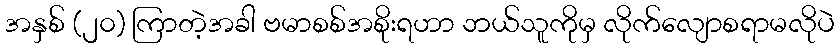
အနှစ် (၂၀) ကြာတဲ့အခါ ဗမာစစ်အစိုးရဟာ ဘယ်သူကိုမှ လိုက်လျောစရာမလိုပဲ